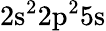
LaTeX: \mathrm{2s^{2}2p^{2}5s}